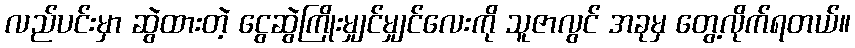
လည်ပင်းမှာ ဆွဲထားတဲ့ ငွေဆွဲကြိုးမျှင်မျှင်လေးကို သူဇာလွင် အခုမှ တွေ့လိုက်ရတယ်။